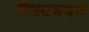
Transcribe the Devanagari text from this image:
वैभवभवन